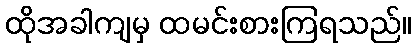
ထိုအခါကျမှ ထမင်းစားကြရသည်။